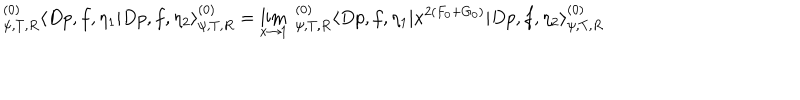
^ { ( 0 ) } _ { \psi , T , R } \langle D p , f , \eta _ { 1 } | D p , f , \eta _ { 2 } \rangle _ { \psi , T , R } ^ { ( 0 ) } = \lim _ { x \to 1 } \; _ { \psi , T , R } ^ { ( 0 ) } \langle D p , f , \eta _ { 1 } | x ^ { 2 ( F _ { 0 } + G _ { 0 } ) } | D p , f , \eta _ { 2 } \rangle _ { \psi , T , R } ^ { ( 0 ) }